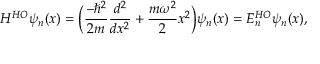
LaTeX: H ^ { H O } \psi _ { n } ( x ) = { \bigg ( } { \frac { - \hbar ^ { 2 } } { 2 m } } { \frac { d ^ { 2 } } { d x ^ { 2 } } } + { \frac { m \omega ^ { 2 } } { 2 } } x ^ { 2 } { \bigg ) } \psi _ { n } ( x ) = E _ { n } ^ { H O } \psi _ { n } ( x ) ,